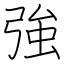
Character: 強